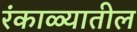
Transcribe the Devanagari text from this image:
रंकाळ्यातील